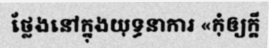
ថ្លែងនៅក្នុងយុទ្ធនាការ «កុំឲ្យក្តី